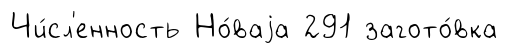
Чи́сл'енность Но́ваjа 291 загото́вка